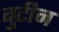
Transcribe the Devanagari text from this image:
बुटीन